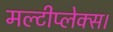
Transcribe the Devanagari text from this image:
मल्टीप्लेक्स।